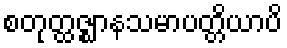
စတုတ္ထဇ္ဈာနသမာပတ္တိယာပိ